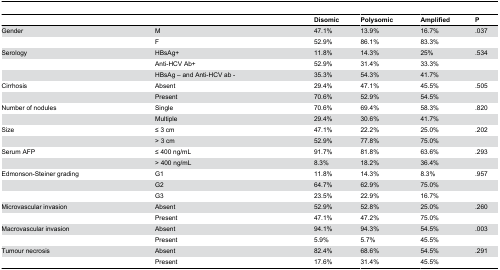
<table><thead><tr><td colspan="2"></td><td><b>Disomic</b></td><td><b>Polysomic</b></td><td><b>Amplified</b></td><td><b>P</b></td></tr></thead><tbody><tr><td>Gender</td><td>M</td><td>47.1%</td><td>13.9%</td><td>16.7%</td><td>.037</td></tr><tr><td></td><td>F</td><td>52.9%</td><td>86.1%</td><td>83.3%</td><td></td></tr><tr><td>Serology</td><td>HBsAg+</td><td>11.8%</td><td>14.3%</td><td>25%</td><td>.534</td></tr><tr><td></td><td>Anti-HCV Ab+</td><td>52.9%</td><td>31.4%</td><td>33.3%</td><td></td></tr><tr><td></td><td>HBsAg – and Anti-HCV ab -</td><td>35.3%</td><td>54.3%</td><td>41.7%</td><td></td></tr><tr><td>Cirrhosis</td><td>Absent</td><td>29.4%</td><td>47.1%</td><td>45.5%</td><td>.505</td></tr><tr><td></td><td>Present</td><td>70.6%</td><td>52.9%</td><td>54.5%</td><td></td></tr><tr><td>Number of nodules</td><td>Single</td><td>70.6%</td><td>69.4%</td><td>58.3%</td><td>.820</td></tr><tr><td></td><td>Multiple</td><td>29.4%</td><td>30.6%</td><td>41.7%</td><td></td></tr><tr><td>Size</td><td>≤ 3 cm</td><td>47.1%</td><td>22.2%</td><td>25.0%</td><td>.202</td></tr><tr><td></td><td>&gt; 3 cm</td><td>52.9%</td><td>77.8%</td><td>75.0%</td><td></td></tr><tr><td>Serum AFP</td><td>≤ 400 ng/mL</td><td>91.7%</td><td>81.8%</td><td>63.6%</td><td>.293</td></tr><tr><td></td><td>&gt; 400 ng/mL</td><td>8.3%</td><td>18.2%</td><td>36.4%</td><td></td></tr><tr><td>Edmonson-Steiner grading</td><td>G1</td><td>11.8%</td><td>14.3%</td><td>8.3%</td><td>.957</td></tr><tr><td></td><td>G2</td><td>64.7%</td><td>62.9%</td><td>75.0%</td><td></td></tr><tr><td></td><td>G3</td><td>23.5%</td><td>22.9%</td><td>16.7%</td><td></td></tr><tr><td>Microvascular invasion</td><td>Absent</td><td>52.9%</td><td>52.8%</td><td>25.0%</td><td>.260</td></tr><tr><td></td><td>Present</td><td>47.1%</td><td>47.2%</td><td>75.0%</td><td></td></tr><tr><td>Macrovascular invasion</td><td>Absent</td><td>94.1%</td><td>94.3%</td><td>54.5%</td><td>.003</td></tr><tr><td></td><td>Present</td><td>5.9%</td><td>5.7%</td><td>45.5%</td><td></td></tr><tr><td>Tumour necrosis</td><td>Absent</td><td>82.4%</td><td>68.6%</td><td>54.5%</td><td>.291</td></tr><tr><td></td><td>Present</td><td>17.6%</td><td>31.4%</td><td>45.5%</td><td></td></tr></tbody></table>